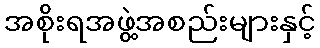
အစိုးရအဖွဲ့အစည်းများနှင့်